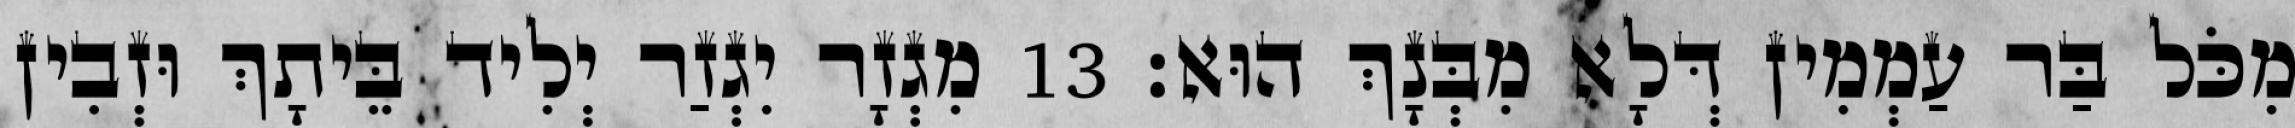
מִכֹּל בַּר עַמְמִין דְּלָא מִבְּנָךְ הוּא׃ 13 מִגְזָר יִגְזַר יְלִיד בֵּיתָךְ וּזְבִין